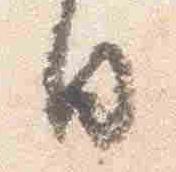
日